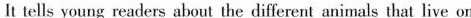
It tells young readers about the different animals that live on